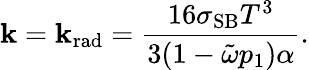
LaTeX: \mathbf{k}=\mathbf{k}_{\mathrm{{rad}}}=\frac{{16\sigma_{\mathrm{{SB}}}T^{3}}}{{3(1-\tilde{{\omega}}p_{1})\alpha}}.